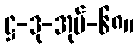
ဋ္ဌ-ဒု-အုပ်-၆၈။